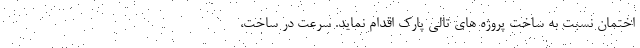
اختمان نسبت به ساخت پروژه های تالی پارک اقدام نماید. سرعت در ساخت،